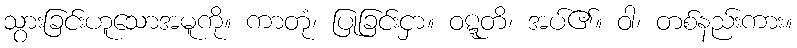
သွားခြင်းဟူသောအမူကို။ ကာတုံ၊ ပြုခြင်းငှာ။ ဝဋ္ဋတိ၊ အပ်၏။ ဝါ၊ တစ်နည်းကား။